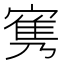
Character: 㝦